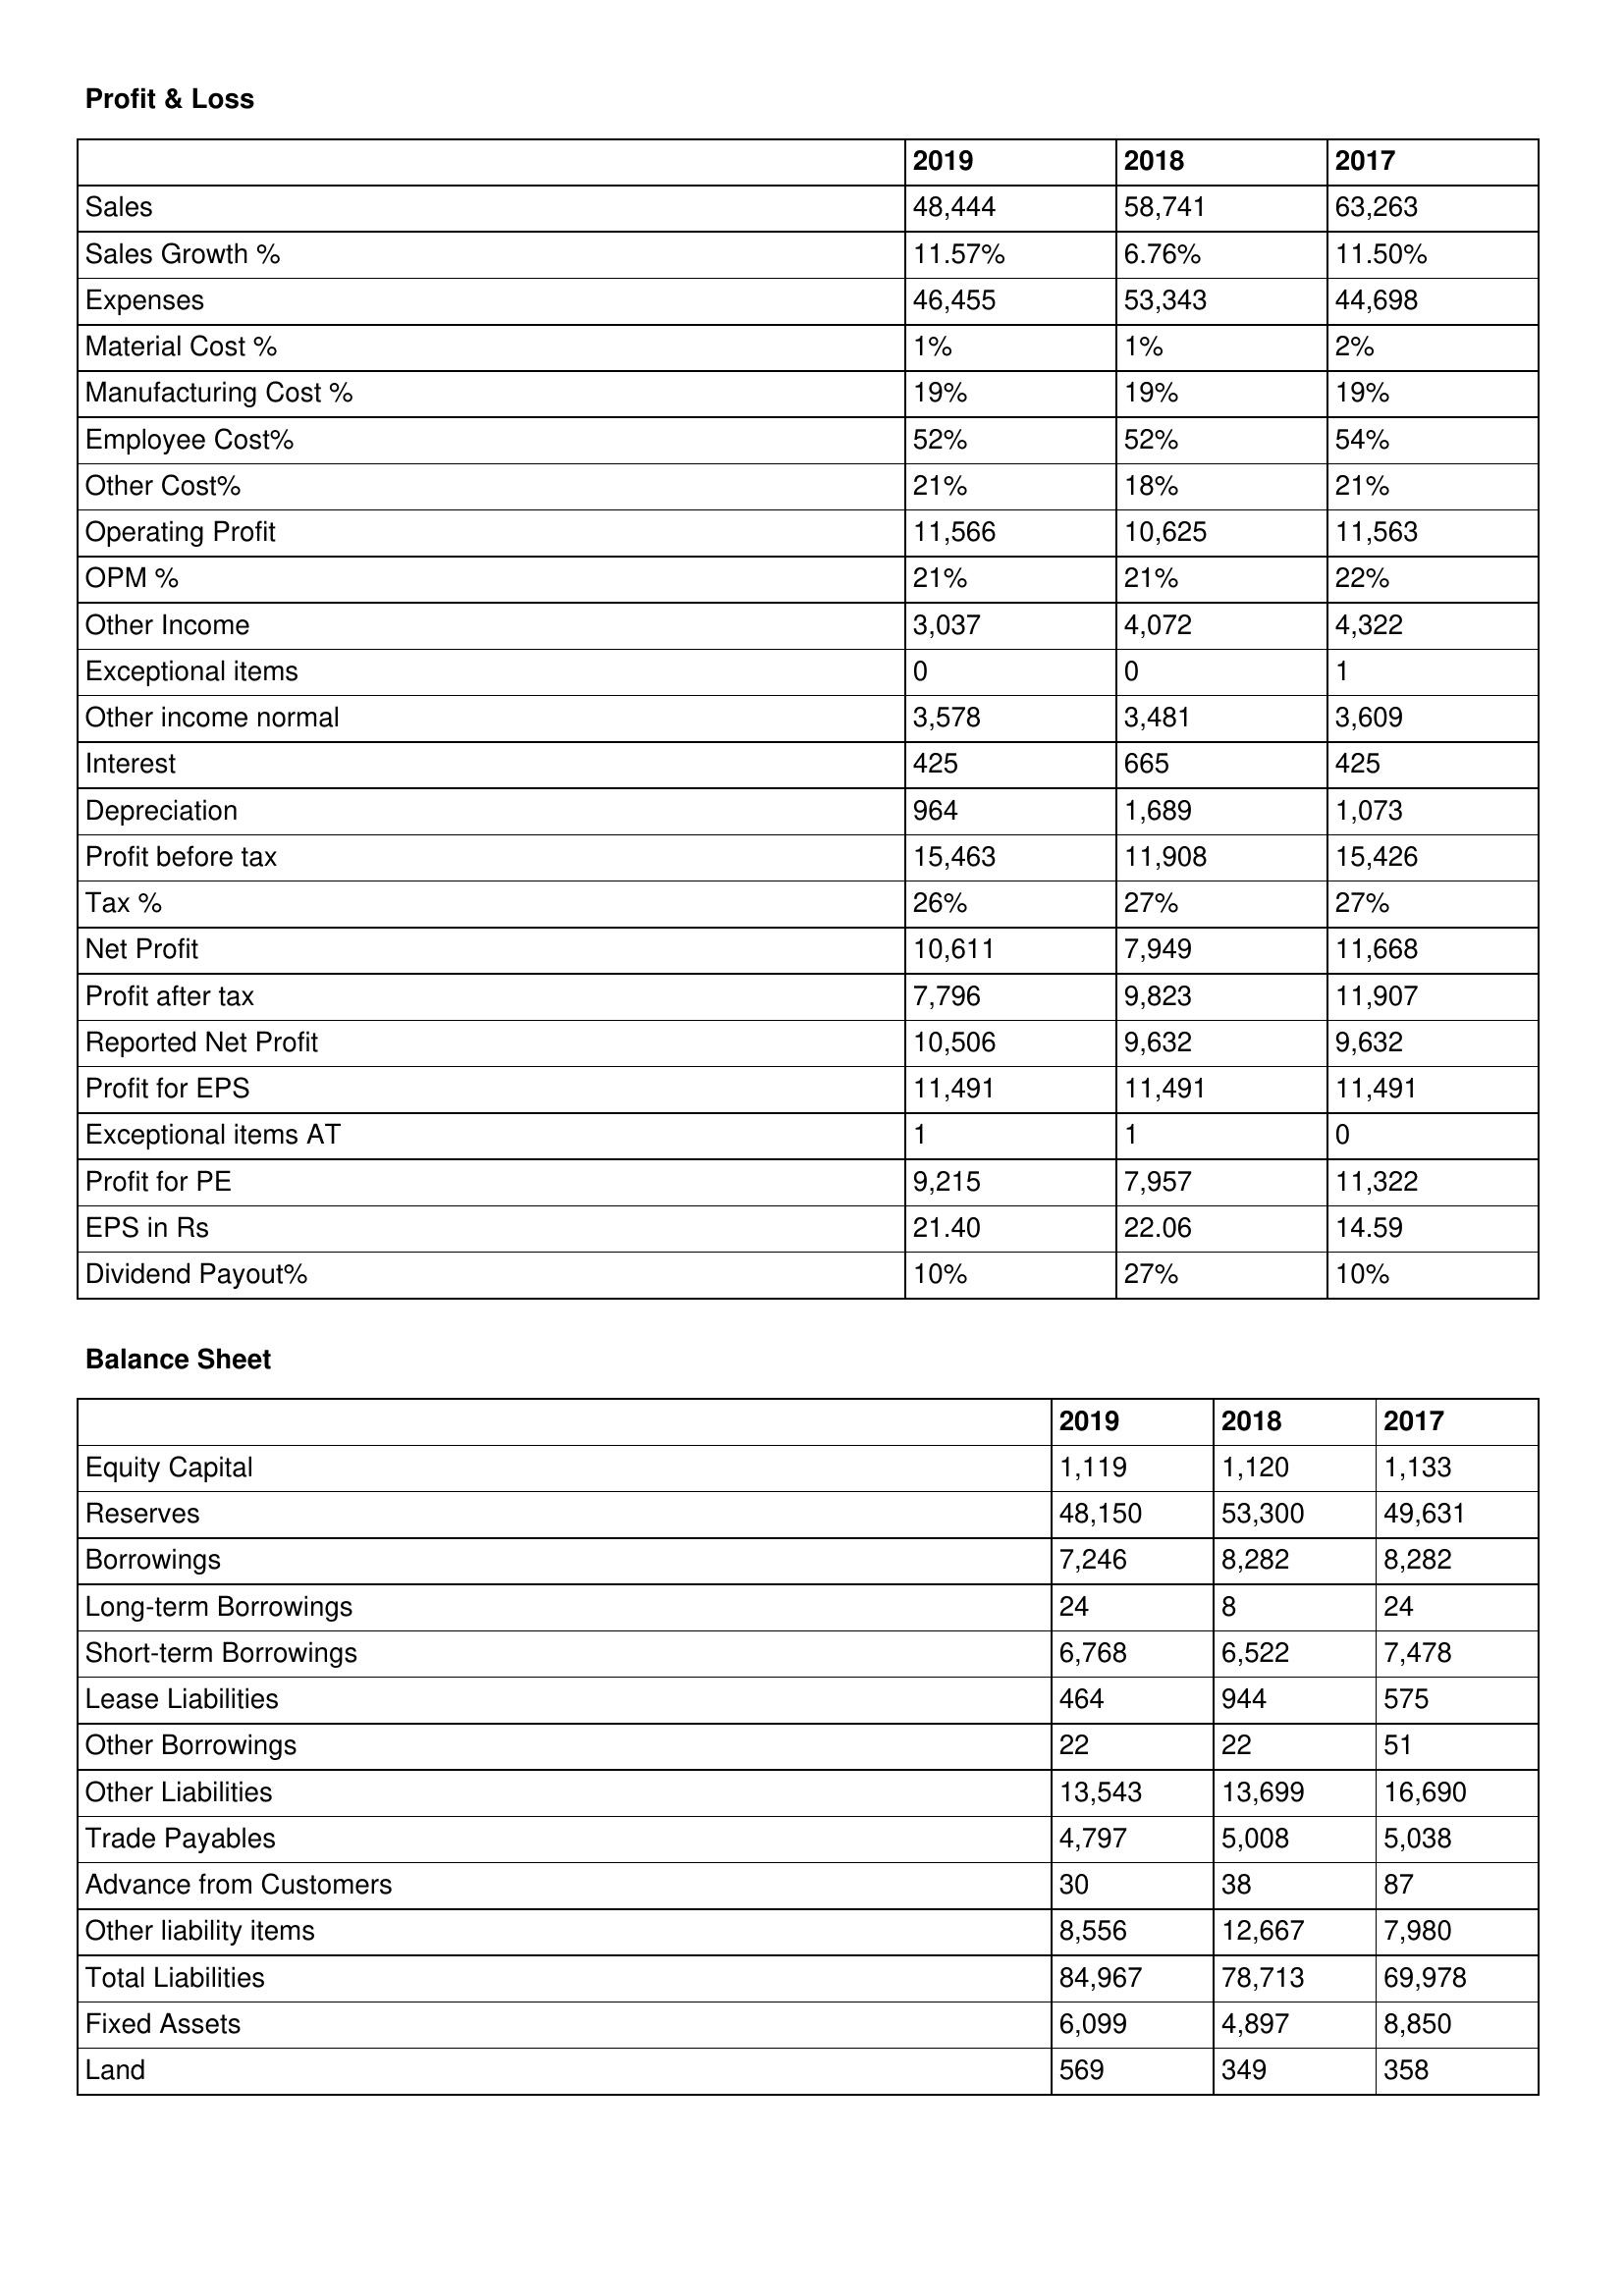
gt_parse: 2019: Profit & Loss: Sales: 48,444
Sales Growth %: 11.57%
Expenses: 46,455
Material Cost %: 1%
Manufacturing Cost %: 19%
Employee Cost%: 52%
Other Cost%: 21%
Operating Profit: 11,566
OPM %: 21%
Other Income: 3,037
Exceptional items: 0
Other income normal: 3,578
Interest: 425
Depreciation: 964
Profit before tax: 15,463
Tax %: 26%
Net Profit: 10,611
Profit after tax: 7,796
Reported Net Profit: 10,506
Profit for EPS: 11,491
Exceptional items AT: 1
Profit for PE: 9,215
EPS in Rs: 21.40
Dividend Payout%: 10%
Balance Sheet: Equity Capital: 1,119
Reserves: 48,150
Borrowings: 7,246
Long-term Borrowings: 24
Short-term Borrowings: 6,768
Lease Liabilities: 464
Other Borrowings: 22
Other Liabilities: 13,543
Trade Payables: 4,797
Advance from Customers: 30
Other liability items: 8,556
Total Liabilities: 84,967
Fixed Assets: 6,099
Land: 569
2018: Profit & Loss: Sales: 58,741
Sales Growth %: 6.76%
Expenses: 53,343
Material Cost %: 1%
Manufacturing Cost %: 19%
Employee Cost%: 52%
Other Cost%: 18%
Operating Profit: 10,625
OPM %: 21%
Other Income: 4,072
Exceptional items: 0
Other income normal: 3,481
Interest: 665
Depreciation: 1,689
Profit before tax: 11,908
Tax %: 27%
Net Profit: 7,949
Profit after tax: 9,823
Reported Net Profit: 9,632
Profit for EPS: 11,491
Exceptional items AT: 1
Profit for PE: 7,957
EPS in Rs: 22.06
Dividend Payout%: 27%
Balance Sheet: Equity Capital: 1,120
Reserves: 53,300
Borrowings: 8,282
Long-term Borrowings: 8
Short-term Borrowings: 6,522
Lease Liabilities: 944
Other Borrowings: 22
Other Liabilities: 13,699
Trade Payables: 5,008
Advance from Customers: 38
Other liability items: 12,667
Total Liabilities: 78,713
Fixed Assets: 4,897
Land: 349
2017: Profit & Loss: Sales: 63,263
Sales Growth %: 11.50%
Expenses: 44,698
Material Cost %: 2%
Manufacturing Cost %: 19%
Employee Cost%: 54%
Other Cost%: 21%
Operating Profit: 11,563
OPM %: 22%
Other Income: 4,322
Exceptional items: 1
Other income normal: 3,609
Interest: 425
Depreciation: 1,073
Profit before tax: 15,426
Tax %: 27%
Net Profit: 11,668
Profit after tax: 11,907
Reported Net Profit: 9,632
Profit for EPS: 11,491
Exceptional items AT: 0
Profit for PE: 11,322
EPS in Rs: 14.59
Dividend Payout%: 10%
Balance Sheet: Equity Capital: 1,133
Reserves: 49,631
Borrowings: 8,282
Long-term Borrowings: 24
Short-term Borrowings: 7,478
Lease Liabilities: 575
Other Borrowings: 51
Other Liabilities: 16,690
Trade Payables: 5,038
Advance from Customers: 87
Other liability items: 7,980
Total Liabilities: 69,978
Fixed Assets: 8,850
Land: 358